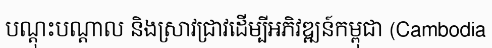
បណ្តុះបណ្តាល និងស្រាវជ្រាវដើម្បីអភិវឌ្ឍន៍កម្ពុជា (Cambodia